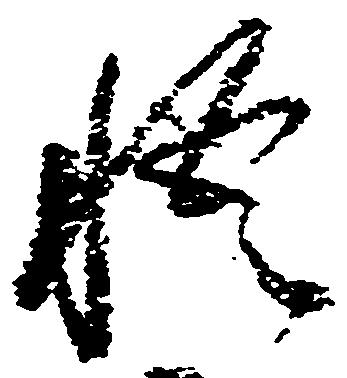
悟